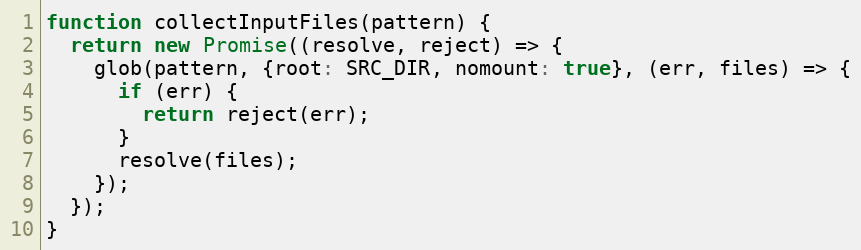
Language: JavaScript
function collectInputFiles(pattern) {
  return new Promise((resolve, reject) => {
    glob(pattern, {root: SRC_DIR, nomount: true}, (err, files) => {
      if (err) {
        return reject(err);
      }
      resolve(files);
    });
  });
}